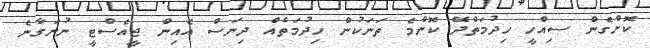
ކޮށްގެން ސިއްހީ ހިދުމަތްދޭ ކޮންމެ ތަނަކުން ހިދުމަތެއް ދިނަސް އެއިން ޖީއެސްޓީ ނުނަގާނެ